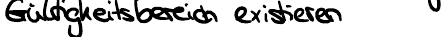
Gültigkeitsbereich existieren